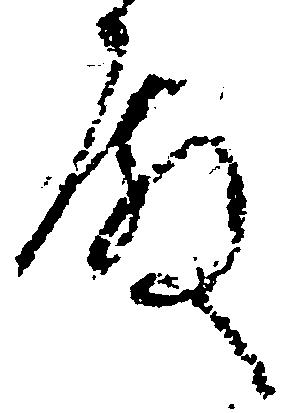
殿